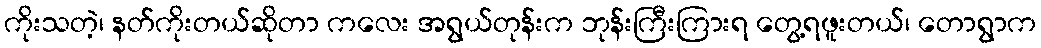
ကိုးသတဲ့၊ နတ်ကိုးတယ်ဆိုတာ ကလေး အရွယ်တုန်းက ဘုန်းကြီးကြားရ တွေ့ရဖူးတယ်၊ တောရွာက